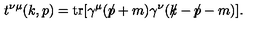
t ^ { \nu \mu } ( k , p ) = \mathrm { t r } [ \gamma ^ { \mu } ( \slash \! \! \! p + m ) \gamma ^ { \nu } ( k \! \! \! \slash - \slash \! \! \! p - m ) ] .